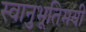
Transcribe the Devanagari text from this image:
स्वानुभूतिमयी